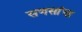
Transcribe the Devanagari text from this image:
सणसांचा